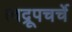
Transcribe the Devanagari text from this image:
त्वद्रूपचर्चे